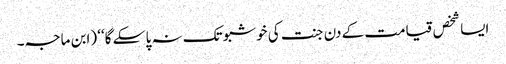
ایسا شخص قیامت کے دن جنت کی خوشبو تک نہ پا سکے گا‘‘ (ابن ماجہ۔